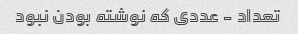
تعداد - عددی که نوشته بودن نبود